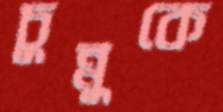
চুন্নুকে